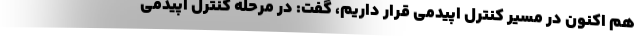
هم اکنون در مسیر کنترل اپیدمی قرار داریم، گفت: در مرحله کنترل اپیدمی